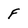
Character: f